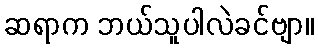
ဆရာက ဘယ်သူပါလဲခင်ဗျာ။